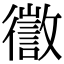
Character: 徾